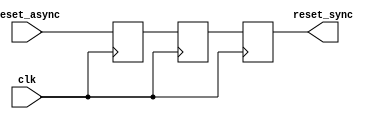
module async_reset_synchronizer (
    input wire reset_async,   // Asynchronous reset input
    input wire clk,           // Clock input
    output reg reset_sync     // Synchronized reset output
);

    // Internal signals for double-register synchronization
    reg reset_ff1;           // First flip-flop
    reg reset_ff2;           // Second flip-flop

    // Always block for the first flip-flop
    always @(posedge clk) begin
        reset_ff1 <= reset_async; // Sample the asynchronous reset
    end

    // Always block for the second flip-flop
    always @(posedge clk) begin
        reset_ff2 <= reset_ff1;    // Synchronize the first flip-flop output
        reset_sync <= reset_ff2;   // Output the synchronized reset
    end

endmodule